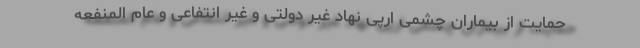
حمایت از بیماران چشمی ارپی نهاد غیر دولتی و غیر انتفاعی و عام المنفعه